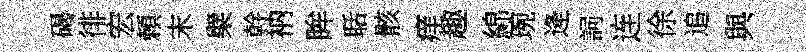
碣徘宏頼末檗幹衲眸聒骸痒趣綿琬逄詞连徐追與